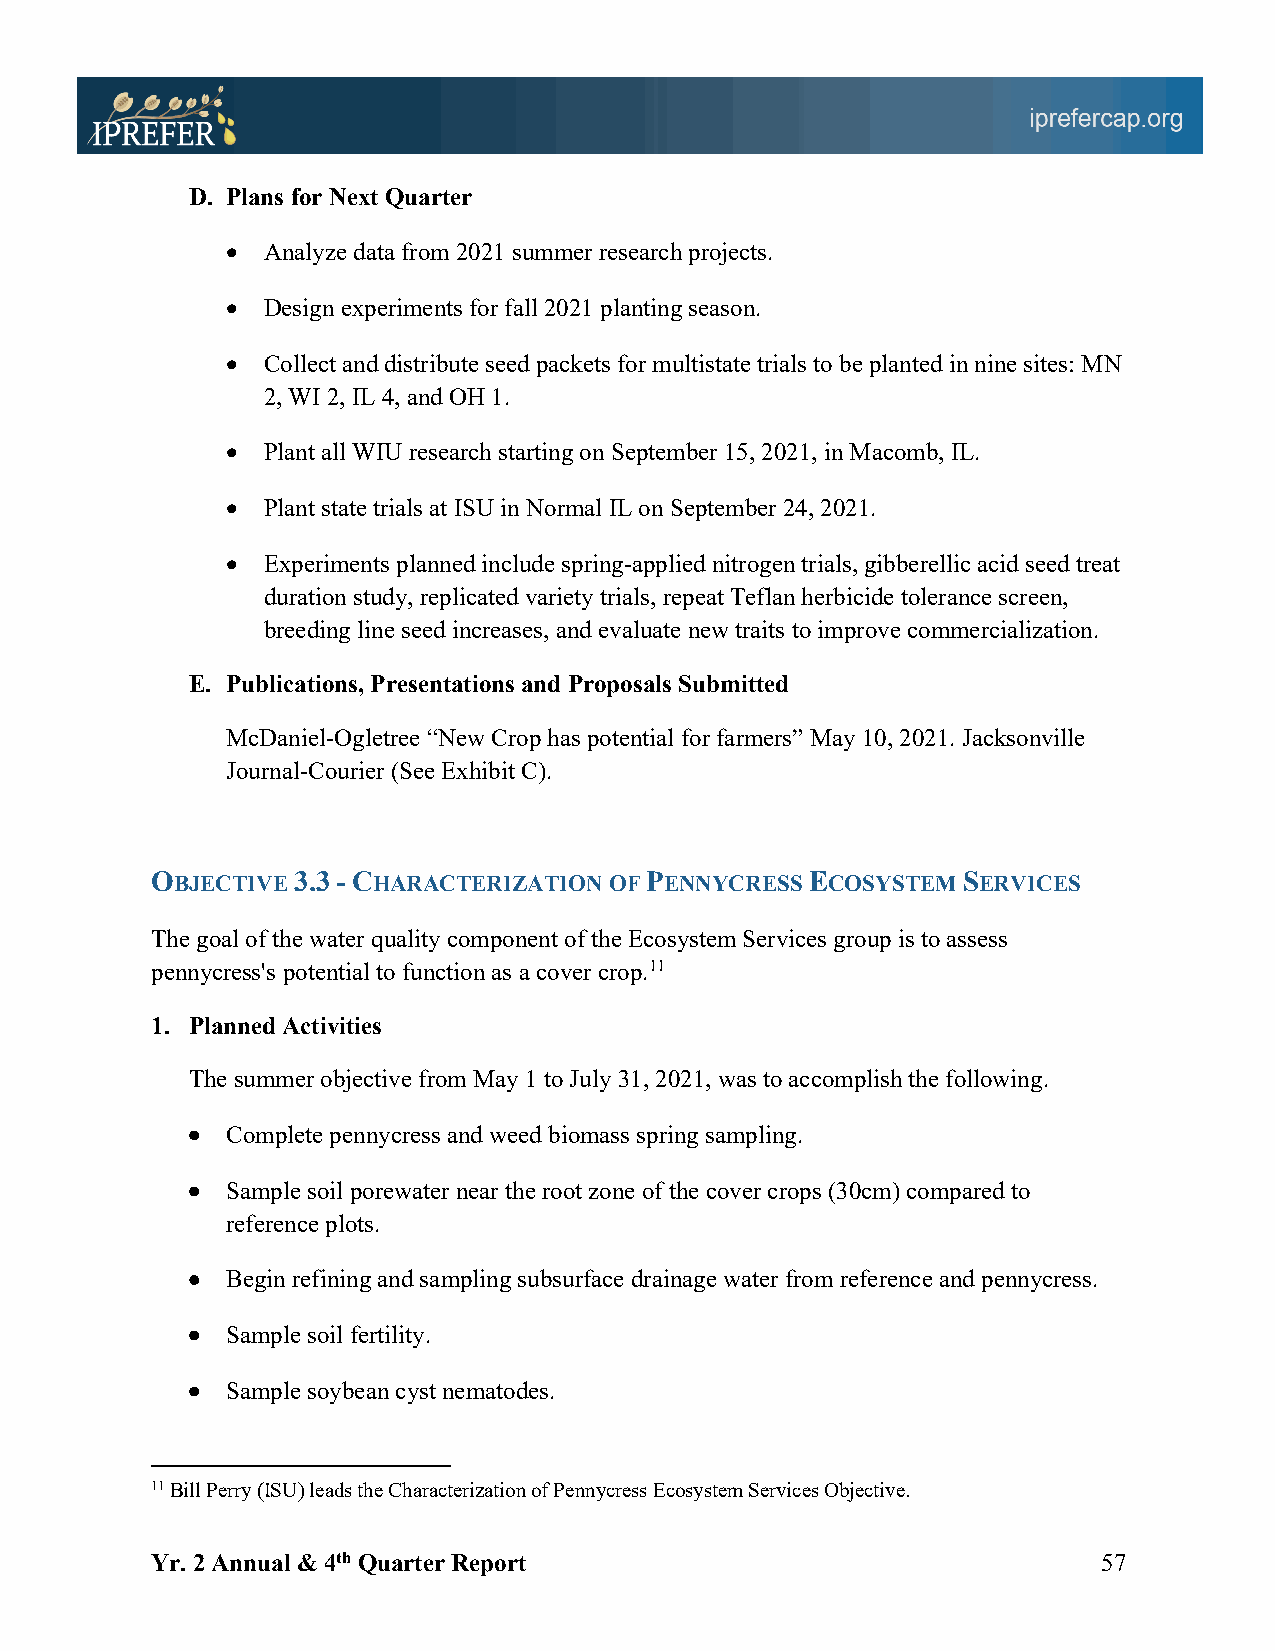
D. Plans for Next Quarter
 • Analyze data from 2021 summer research projects.
 • Design experiments for fall 2021 planting season.
 • Collect and distribute seed packets for multistate trials to be planted in nine sites: MN
 2, WI 2, IL 4, and OH 1.
 • Plant all WIU research starting on September 15, 2021, in Macomb, IL.
 • Plant state trials at ISU in Normal IL on September 24, 2021.
 • Experiments planned include spring-applied nitrogen trials, gibberellic acid seed treat
 duration study, replicated variety trials, repeat Teflan herbicide tolerance screen,
 breeding line seed increases, and evaluate new traits to improve commercialization.
 E. Publications, Presentations and Proposals Submitted
 McDaniel-Ogletree “New Crop has potential for farmers” May 10, 2021. Jacksonville
 Journal-Courier (See Exhibit C).
 OBJECTIVE 3.3 - CHARACTERIZATION OF PENNYCRESS ECOSYSTEM SERVICES
 The goal of the water quality component of the Ecosystem Services group is to assess
 pennycress's potential to function as a cover crop.11
 1. Planned Activities
 The summer objective from May 1 to July 31, 2021, was to accomplish the following.
 •  Complete pennycress and weed biomass spring sampling.
 •  Sample soil porewater near the root zone of the cover crops (30cm) compared to
 reference plots.
 •  Begin refining and sampling subsurface drainage water from reference and pennycress.
 •  Sample soil fertility.
 •  Sample soybean cyst nematodes.
 11 Bill Perry (ISU) leads the Characterization of Pennycress Ecosystem Services Objective.
 Yr. 2 Annual & 4th Quarter Report                              57